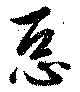
惡